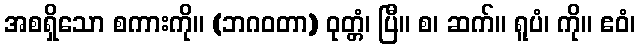
အစရှိသော စကားကို။ (ဘဂဝတာ) ဝုတ္တံ၊ ပြီ။ စ၊ ဆက်။ ရူပံ၊ ကို။ ဧဝံ၊